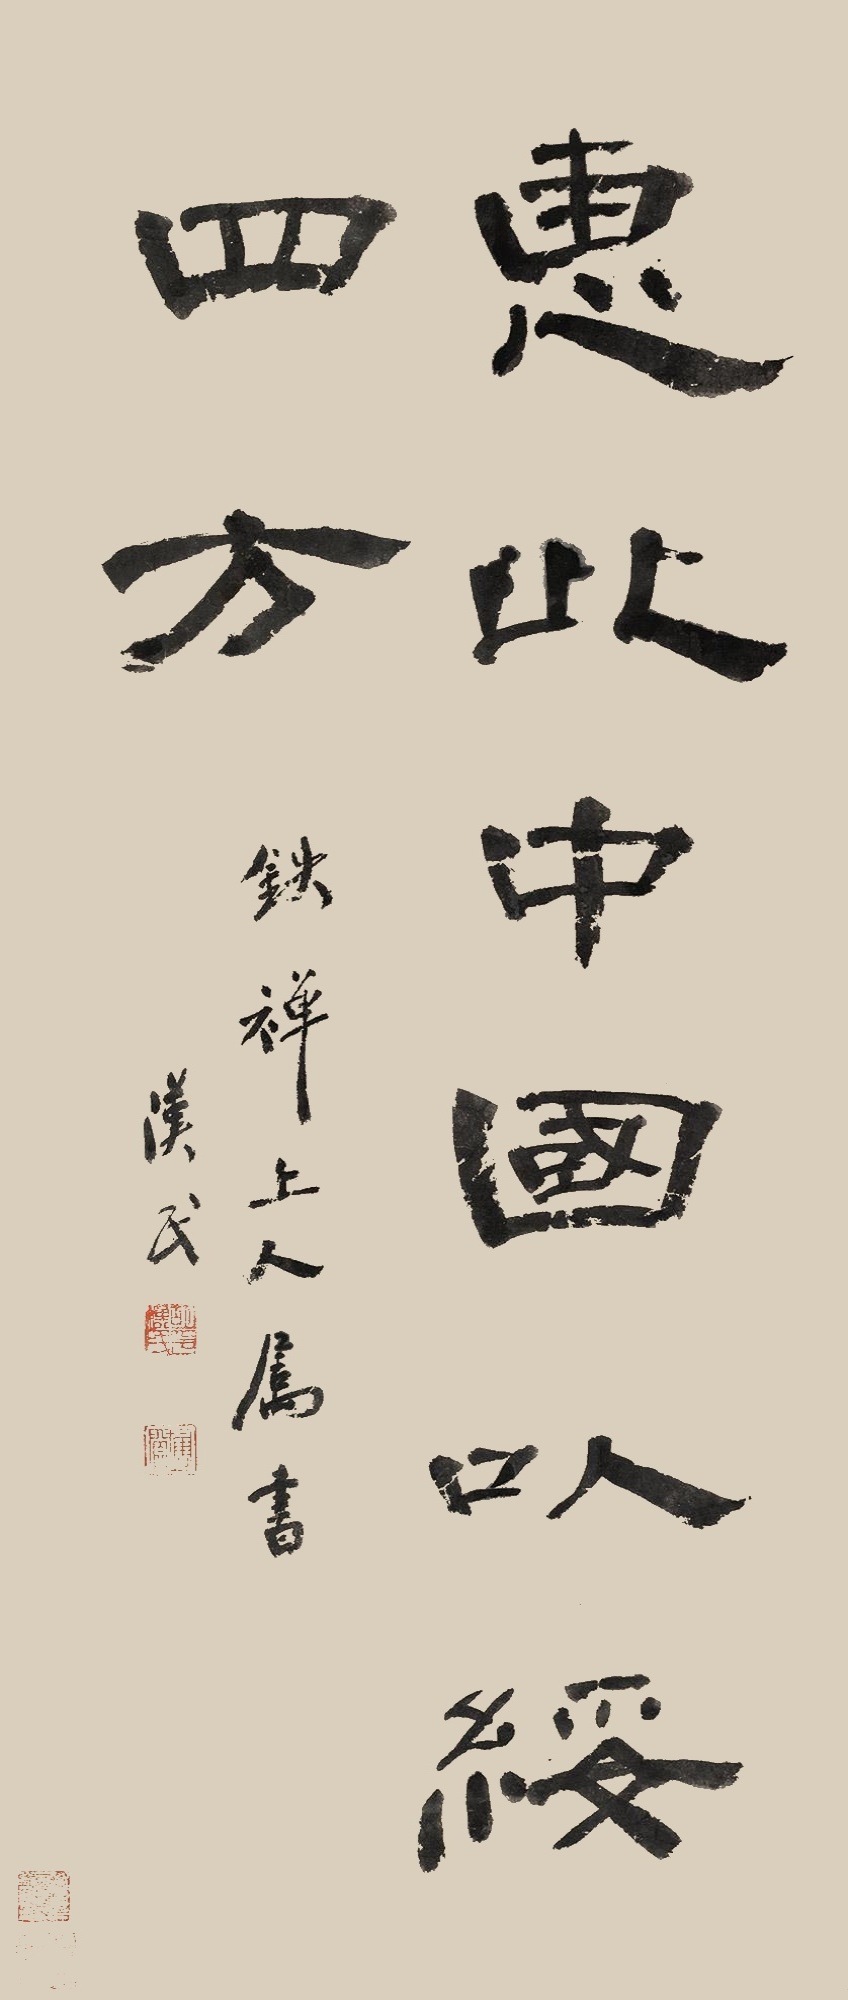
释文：惠此中国以绥四方。铁禅上人属书，汉民。